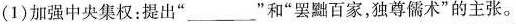
(1)加强中央集权：提出”___”和”罢黜百家，独尊儒术”的主张。